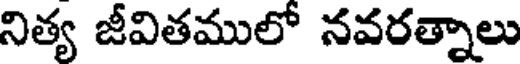
నిత్య జీవితములో నవరత్నాలు